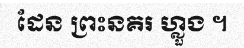
ដែន ព្រះនគរ ហ្លួង ។